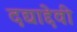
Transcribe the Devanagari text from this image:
दद्याद्देवी